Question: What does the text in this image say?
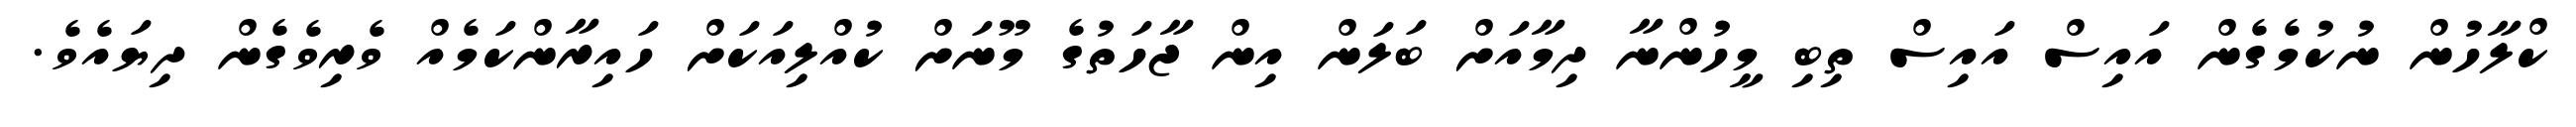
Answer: ކްލާހުން ނުކުމެގެން އައިސް އައިސް ތިބި މީހުންނާ ދިމާއަށް ބަލަން އިން ޖާހަތުގެ މޫނަށް ކުއްލިއަކަށް ހައިރާންކަމެއް ވެރިވެގެން ދިޔައެވެ.